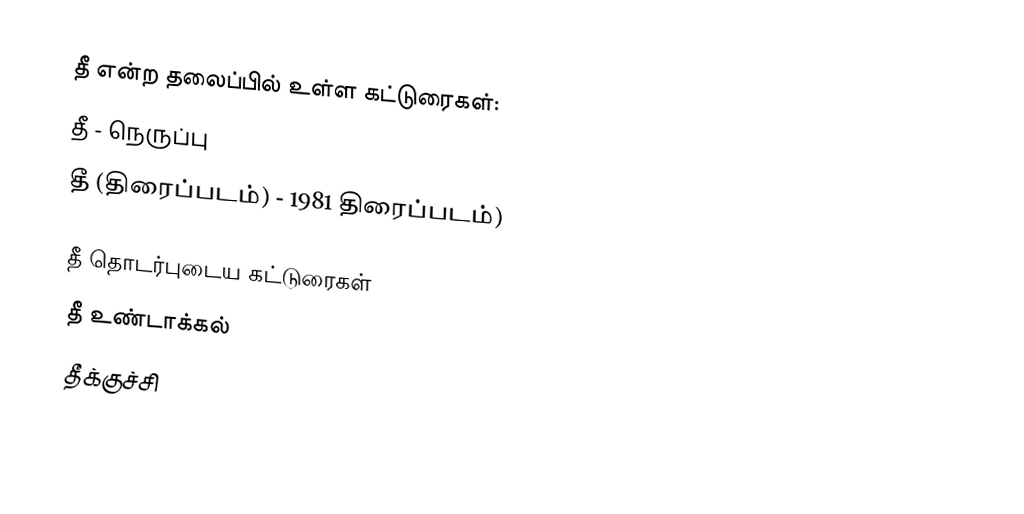
தீ என்ற தலைப்பில் உள்ள கட்டுரைகள்:
 தீ - நெருப்பு
 தீ (திரைப்படம்) - 1981 திரைப்படம்)

தீ தொடர்புடைய கட்டுரைகள்
 தீ உண்டாக்கல்
 தீக்குச்சி